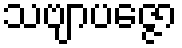
သဗျာပဇ္ဇော